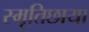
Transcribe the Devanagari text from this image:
स्मृतिछाया